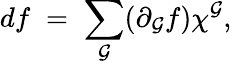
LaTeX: df\; =\; \sum_{\mathcal{G}}(\partial_{\mathcal{G}}f)\chi^{\mathcal{G}},